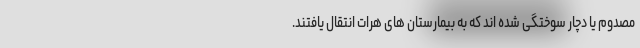
مصدوم یا دچار سوختگی شده اند که به بیمارستان های هرات انتقال یافتند.